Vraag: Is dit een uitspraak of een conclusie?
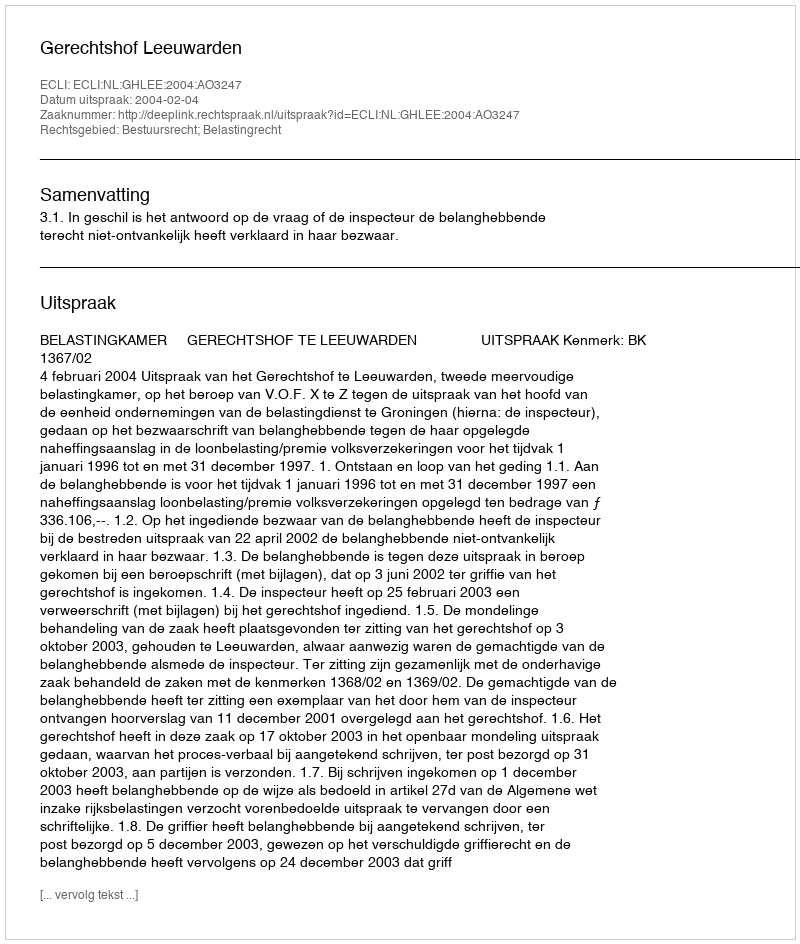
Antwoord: Uitspraak